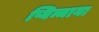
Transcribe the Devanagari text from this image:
प्यिन्माना